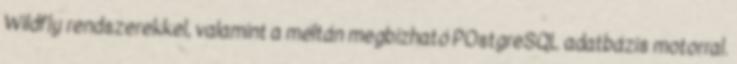
Wildfly rendszerekkel, valamint a méltán megbízható POstgreSQL adatbázis motorral.